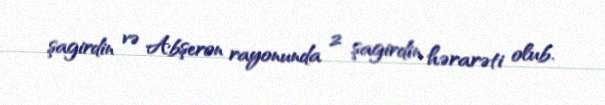
şagirdin və Abşeron rayonunda 2 şagirdin hərarəti olub.